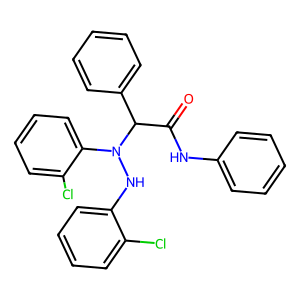
SMILES: O=C(Nc1ccccc1)C(c1ccccc1)N(Nc1ccccc1Cl)c1ccccc1Cl
Inhibits HIV replication: No